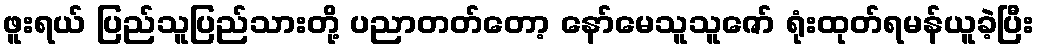
ဖူးရယ် ပြည်သူပြည်သားတို့ ပညာတတ်တော့ နော်မေသူသူဇော် ရုံးထုတ်ရမန်ယူခဲ့ပြီး